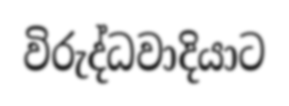
විරුද්ධවාදියාට